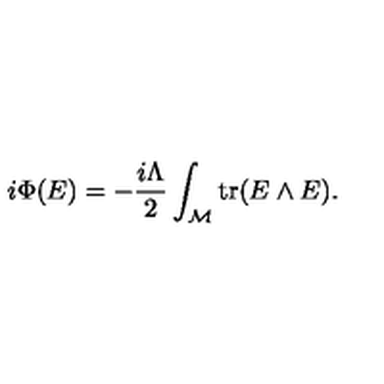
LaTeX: i \Phi ( E ) = - { \frac { i \Lambda } { 2 } } \int _ { \cal M } \mathrm { t r } ( E \wedge E ) .